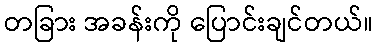
တခြား အခန်းကို ပြောင်းချင်တယ်။